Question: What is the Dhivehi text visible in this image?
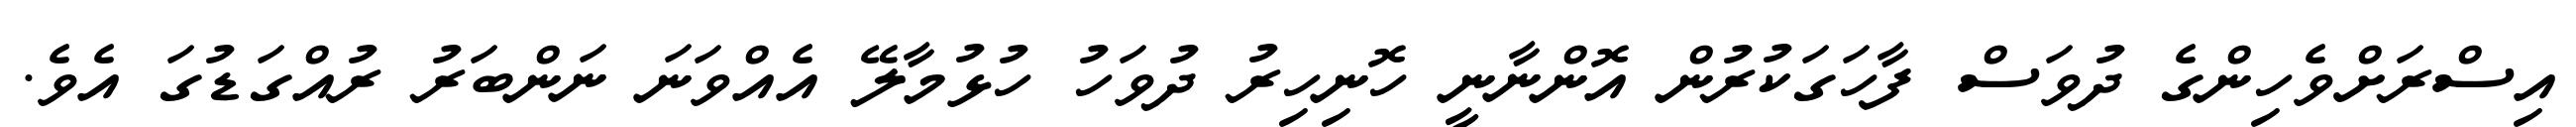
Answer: އިސްރަށްވެހިންގެ ދުވަސް ފާހަގަކުރުން އޮންނާނީ ހޮނިހިރު ދުވަހު ހުޅުމާލޭ އެއްވަނަ ނަންބަރު ރުއްގަޑުގަ އެވެ.